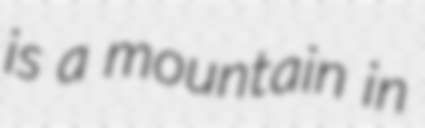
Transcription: is a mountain in